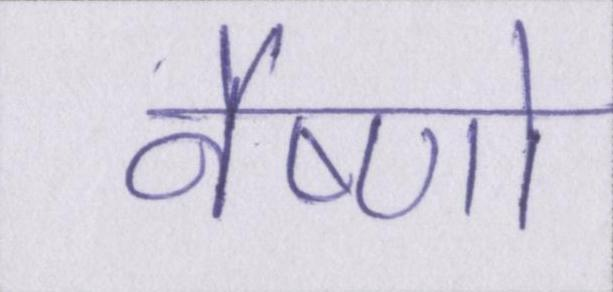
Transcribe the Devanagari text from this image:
वैष्णो